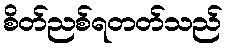
စိတ်ညစ်ရတတ်သည်